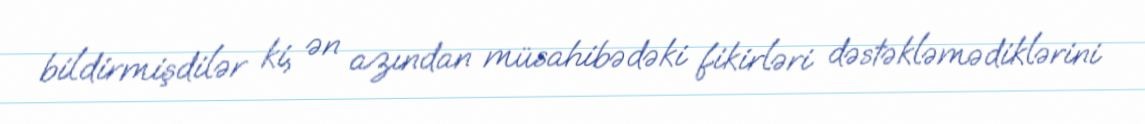
bildirmişdilər ki, ən azından müsahibədəki fikirləri dəstəkləmədiklərini